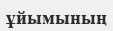
ұйымының